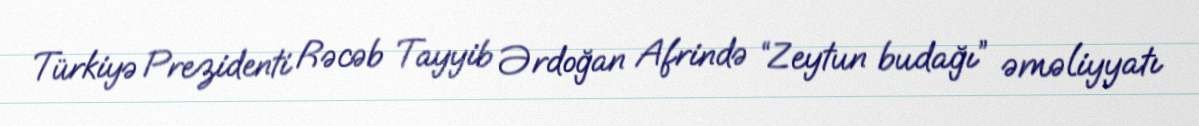
Türkiyə Prezidenti Rəcəb Tayyib Ərdoğan Afrində “Zeytun budağı” əməliyyatı